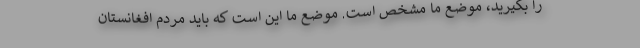
را بگیرید، موضع ما مشخص است. موضع ما این است که باید مردم افغانستان